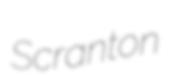
Scranton